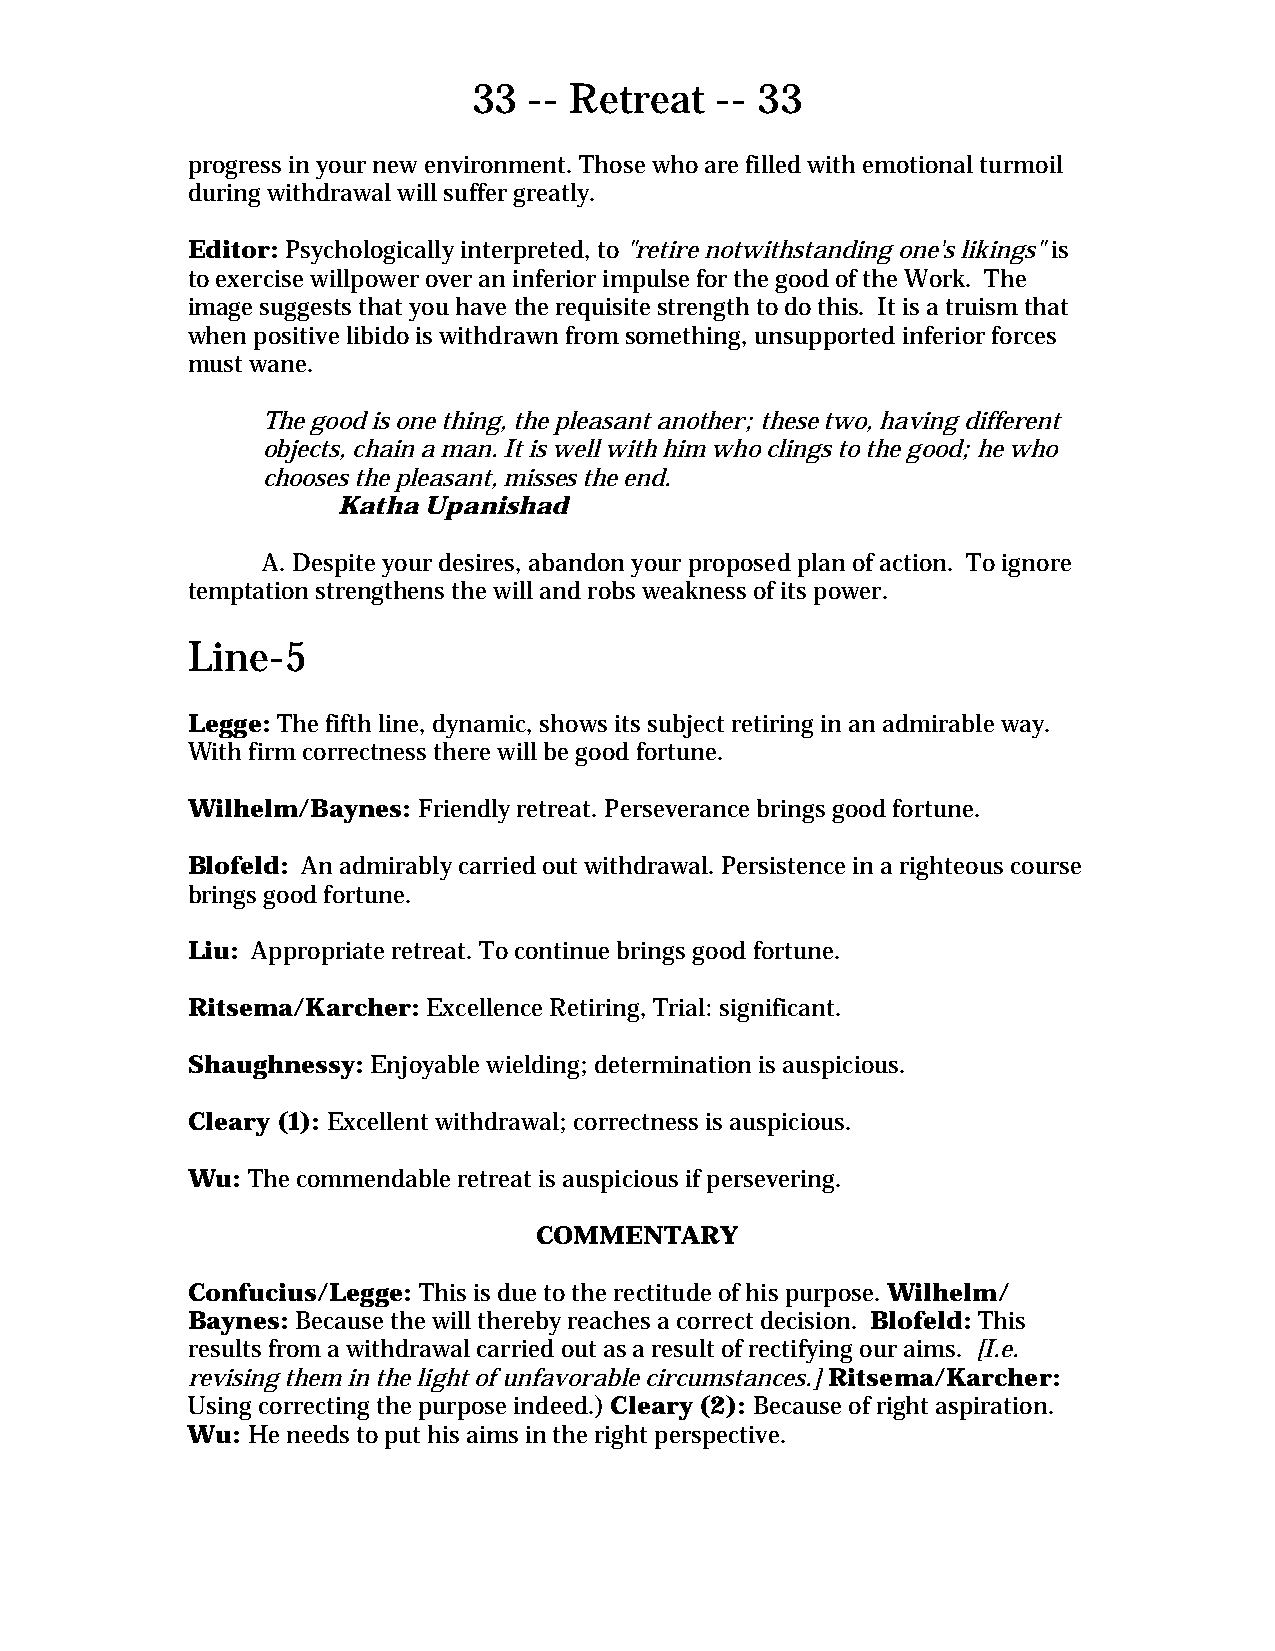
33  -- Retreat  -- 33
 progress in your new environment. Those who are filled with emotional turmoil
 during withdrawal will suffer greatly.
 Editor: Psychologically interpreted, to "retire notwithstanding one's likings" is
 to exercise willpower over an inferior impulse for the good of the Work. The
 image suggests that you have the requisite strength to do this. It is a truism that
 when positive libido is withdrawn from something, unsupported inferior forces
 must wane.
 The good is one thing, the pleasant another; these two, having different
 objects, chain a man. It is well with him who clings to the good; he who
 chooses the pleasant, misses the end.
 Katha Upanishad
 A. Despite your desires, abandon your proposed plan of action. To ignore
 temptation strengthens the will and robs weakness of its power.
 Line-5
 Legge: The fifth line, dynamic, shows its subject retiring in an admirable way.
 With firm correctness there will be good fortune.
 Wilhelm/Baynes: Friendly retreat. Perseverance brings good fortune.
 Blofeld: An admirably carried out withdrawal. Persistence in a righteous course
 brings good fortune.
 Liu: Appropriate retreat. To continue brings good fortune.
 Ritsema/Karcher: Excellence Retiring, Trial: significant.
 Shaughnessy: Enjoyable wielding; determination is auspicious.
 Cleary (1): Excellent withdrawal; correctness is auspicious.
 Wu: The commendable retreat is auspicious if persevering.
 COMMENTARY
 Confucius/Legge: This is due to the rectitude of his purpose. Wilhelm/
 Baynes: Because the will thereby reaches a correct decision. Blofeld: This
 results from a withdrawal carried out as a result of rectifying our aims. [I.e.
 revising them in the light of unfavorable circumstances.] Ritsema/Karcher:
 Using correcting the purpose indeed.) Cleary (2): Because of right aspiration.
 Wu: He needs to put his aims in the right perspective.